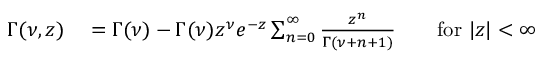
\begin{array} { r l } { \Gamma ( \nu , z ) } & { { } = \Gamma ( \nu ) - \Gamma ( \nu ) z ^ { \nu } e ^ { - z } \sum _ { n = 0 } ^ { \infty } \frac { z ^ { n } } { \Gamma ( \nu + n + 1 ) } \qquad \mathrm { f o r } \ | z | < \infty } \end{array}